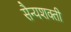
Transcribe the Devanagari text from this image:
सैन्यशक्ती